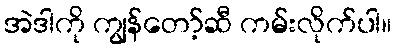
အဲဒါကို ကျွန်တော့်ဆီ ကမ်းလိုက်ပါ။